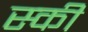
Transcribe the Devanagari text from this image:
स्‍की